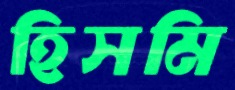
হিসমি